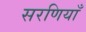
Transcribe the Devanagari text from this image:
सरणियाँ